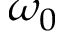
\omega _ { 0 }